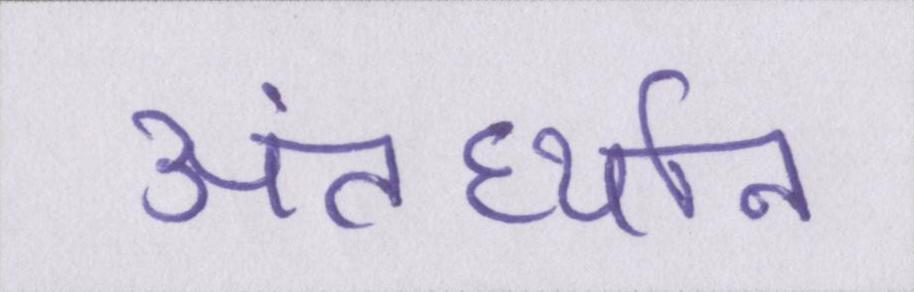
अंतर्ध्यान